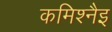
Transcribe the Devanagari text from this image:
कमिश्नैइ